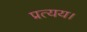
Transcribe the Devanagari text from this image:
प्रत्यय।